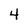
Character: 4